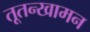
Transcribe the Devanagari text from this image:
तूतन्खामन